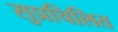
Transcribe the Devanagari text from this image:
सुप्रचिलित